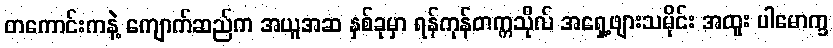
တကောင်းကနဲ့ ကျောက်ဆည်က အယူအဆ နှစ်ခုမှာ ရန်ကုန်တက္ကသိုလ် အရှေ့ဖျားသမိုင်း အထူး ပါမောက္ခ